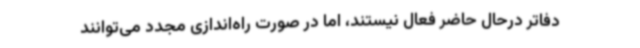
دفاتر درحال حاضر فعال نیستند، اما در صورت راه‌اندازی مجدد می‌توانند